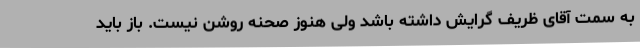
به سمت آقای ظریف گرایش داشته باشد ولی هنوز صحنه روشن نیست. باز باید